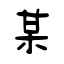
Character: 某